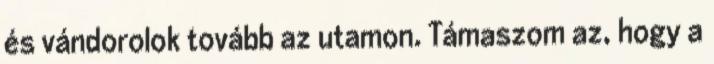
és vándorolok tovább az utamon. Támaszom az, hogy a